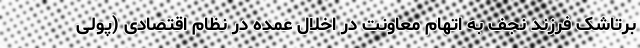
برتاشک فرزند نجف به اتهام معاونت در اخلال عمده در نظام اقتصادی (پولی